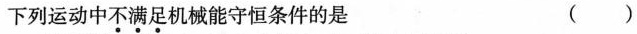
下列运动中不满足机械能守恒条件的是 ()